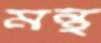
মন্থ